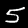
Digit: 5